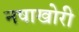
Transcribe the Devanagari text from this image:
नषाखोरी